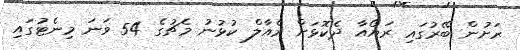
ރަށުން ބޭރުގައި ރަޔޯއާ ދެކޮޅަށް ރެއާލް ކުޅުނު މެޗުގެ 54 ވަނަ މިނެޓުގައި